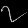
Digit: ၇